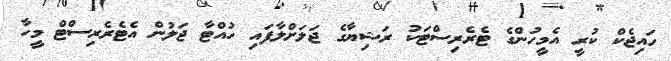
ހައިޖެކް ކުރީ އެމީހުންގެ ޓެރެރިސްޓަކު ރަޝިޔާގެ ޖަލަށްލާފައި ހުއްޓާ ޖަލުން އެޓެރެރިސްޓް މީހާ